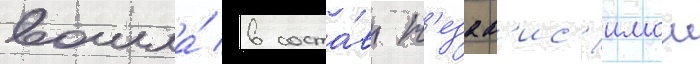
вошла́ в соста́в н'езав'ис'имои